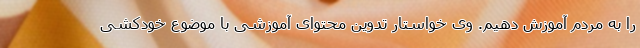
را به مردم آموزش دهیم. وی خواستار تدوین محتوای آموزشی با موضوع خودکشی